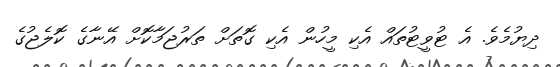
ދިޔުމެވެ. އެ ޓުވީޓުތައް އެކި މީހުން އެކި ގޮތަށް ތަރުޖަމާކޮށް އޭނާގެ ކޮލެޖުގެ